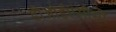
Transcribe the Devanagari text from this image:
डीओईएसीसी